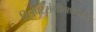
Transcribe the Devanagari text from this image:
चित्रपटसंगीताप्रमाणेच